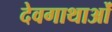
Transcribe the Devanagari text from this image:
देवगाथाओं